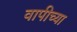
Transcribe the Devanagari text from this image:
वापीच्या